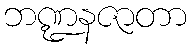
ဘဏ္ဍနဇာတာ